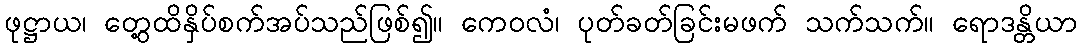
ဖုဋ္ဌာယ၊ တွေ့ထိနှိပ်စက်အပ်သည်ဖြစ်၍။ ကေဝလံ၊ ပုတ်ခတ်ခြင်းမဖက် သက်သက်။ ရောဒန္တိယာ